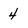
Character: 4